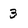
Character: 3